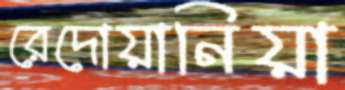
রেদোয়ানিয়া